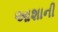
આશાની